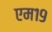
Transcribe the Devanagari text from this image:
एम१९